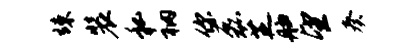
竦装私衲你磊芝舳望奏